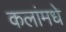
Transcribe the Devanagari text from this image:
कलांमधे